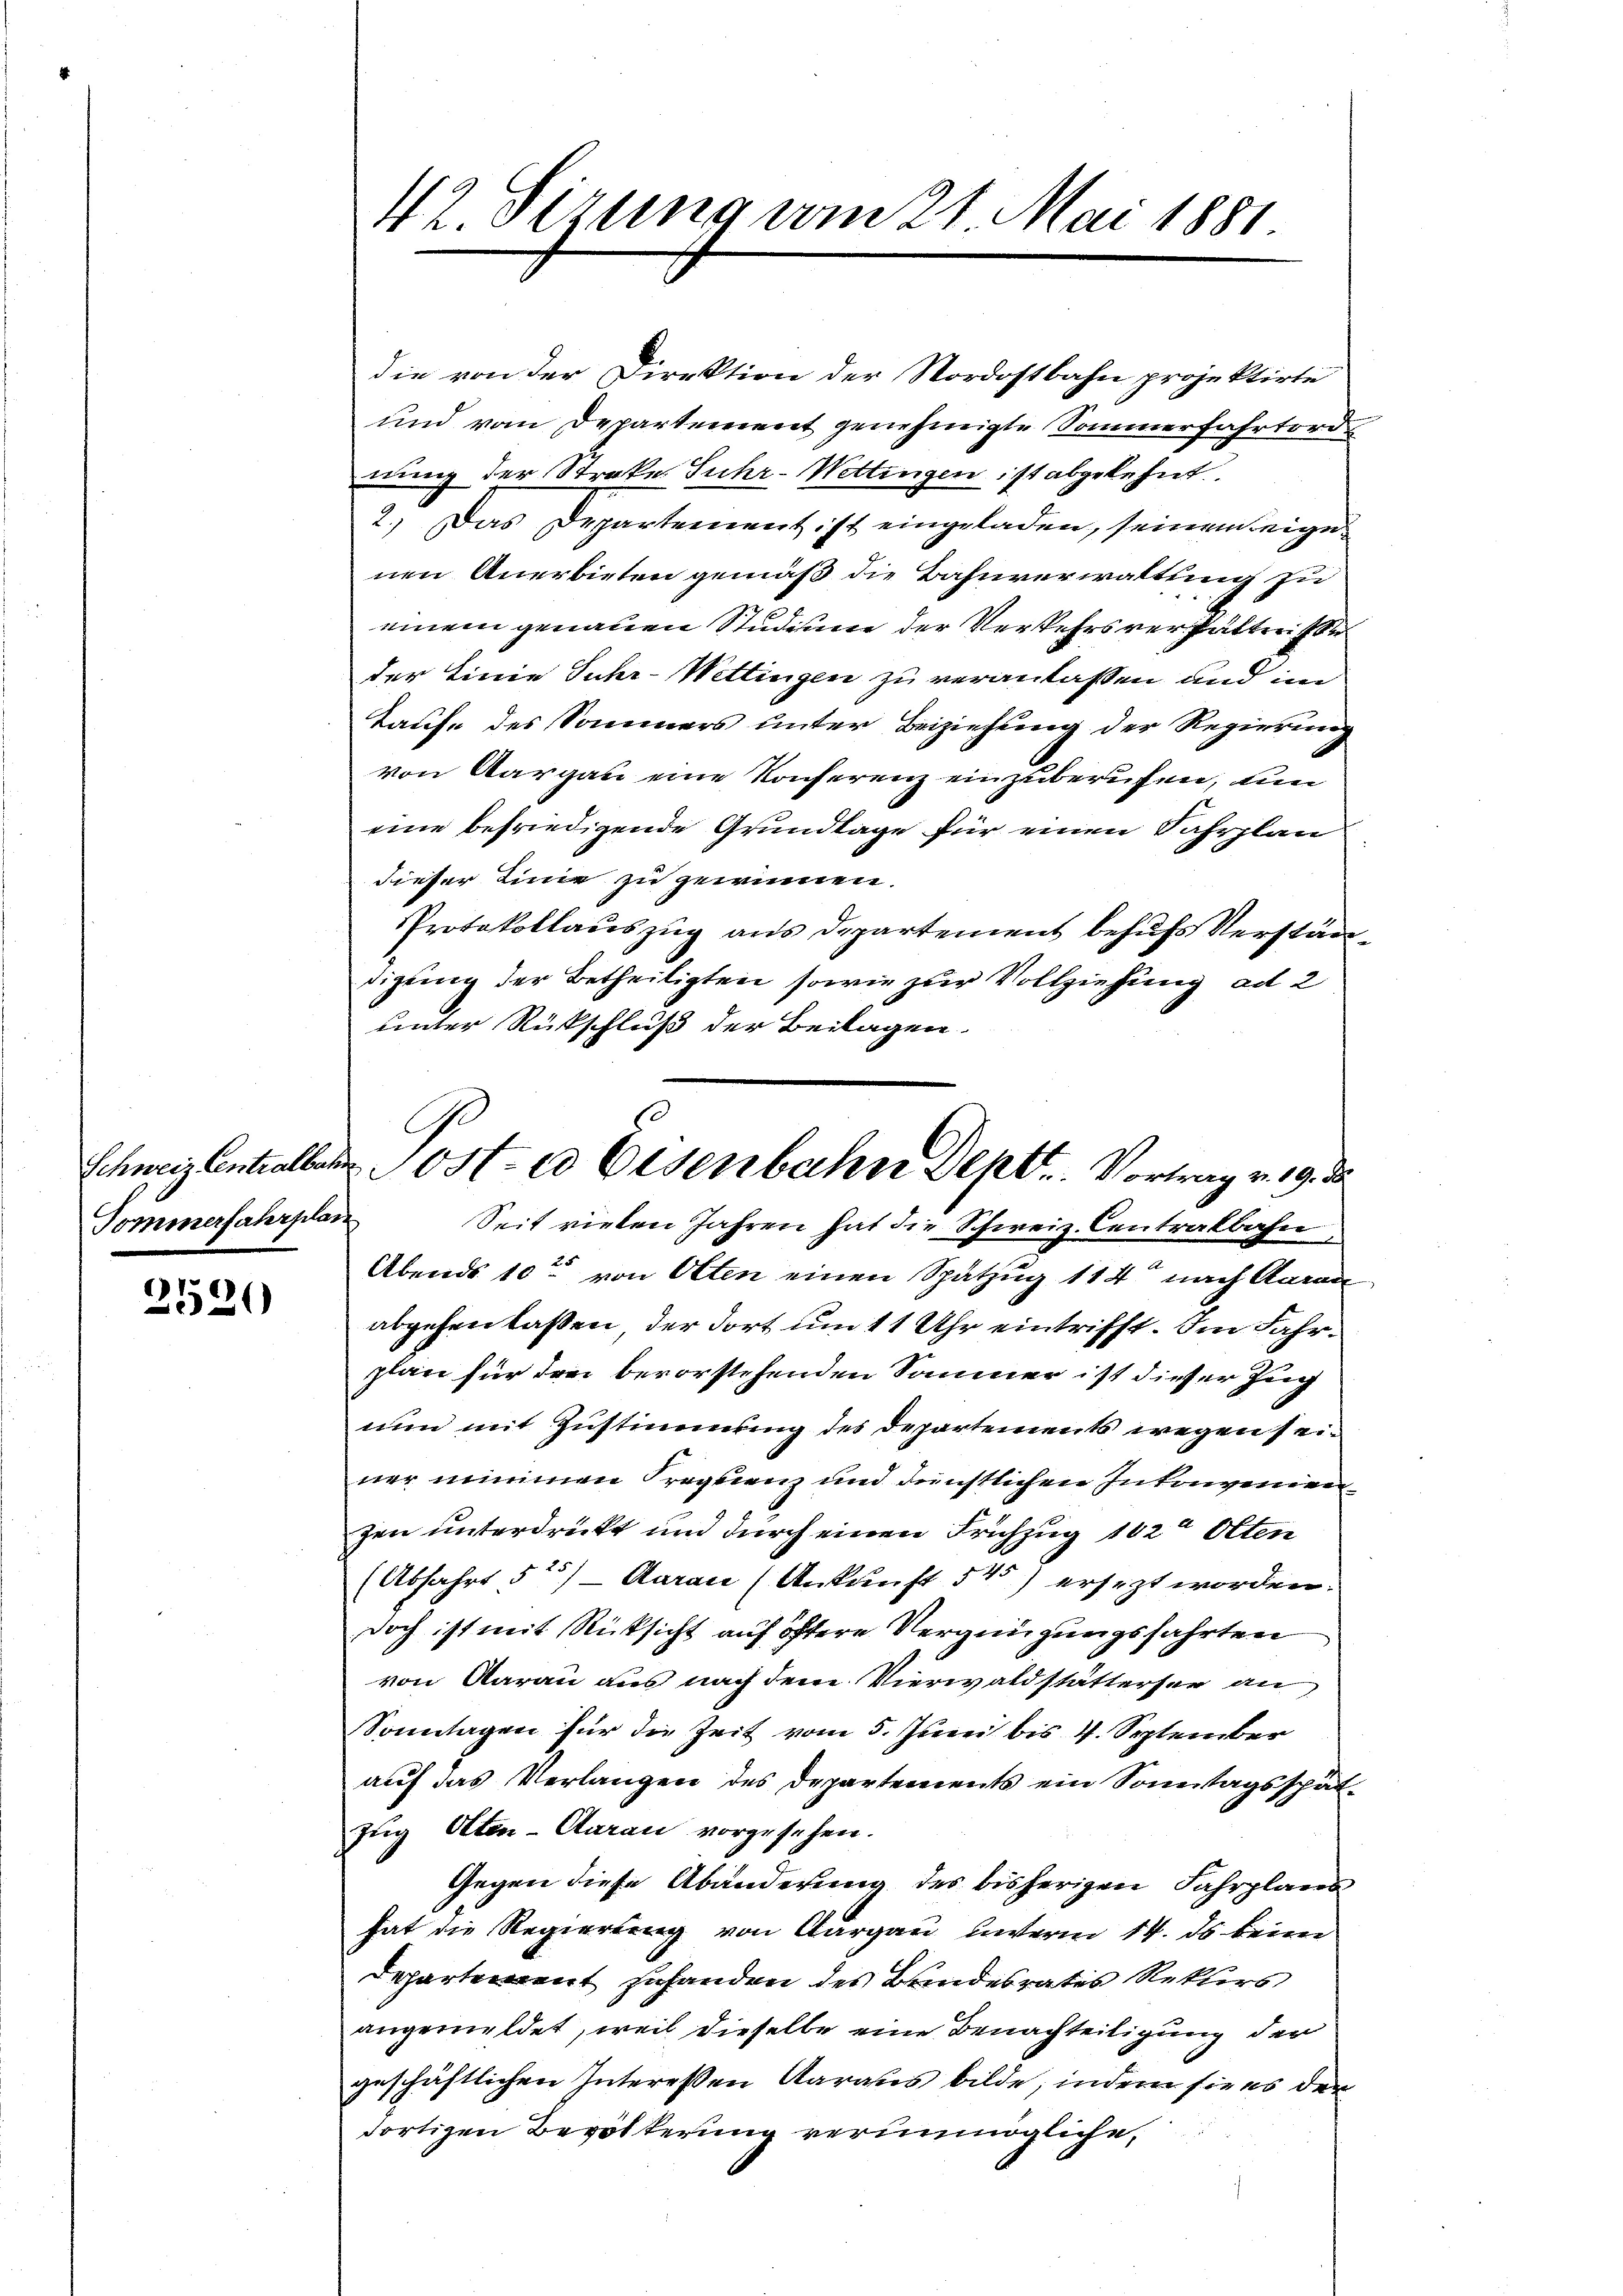
Pommerfahrplan

2520

die von der Direktion der Nordostbahn projektirte
und vom Departement genehmigte Sommerfahrtord
nung der Streke Fuhr-Wettingen ist abgelehnt.
2.) Das Departement ist eingeladen, seinem eigenen Anerbieten gemäß die Bahnverwaltung zu
einem genauen Studium der Verkehrsverhälterisse
der Linie Juhr- Wettingen zu veranlassen und im
Taufe des Sommers unter Beiziehung der Regierung
von Aargau eine Konferenz einzuberufen, um
eine befriedigende Grundlage für einen Fahrplan
dieser Linie zu gewinnen.
Protokollauszug aus Departement behufs Verständigung der Betheiligten sowie zur Vollziehung ad 2
unter Rückschluß der Beilagen.
Seit vielen Jahren hat die Schweiz. Centralbahn
Abends 10te von Olten einen Spatzug 114 nach Aarau
abgehen laßen, der dort um 11 Uhr eintrifft. Im Fahrplan für den bevorstehenden Sommer ist dieser Zug
nun mit Zustimmung des Departements wegen seiner minimen Frequenz und dünstlichen Internemen
zen unterdrückt und durch einen Frühzug 102 Olten
(Abfahrt 525) — Aarau (Ankunft 545) ersetzt worden.
doch ist mit Rücksicht auf öftere Vergnügungsfahrten
von Aarau aus nach dem Vierwaldstätterser an
Sonntagen für die Zeit vom 5. Juni bis 4. September
auf das Verlangen des Departements ein Sonntagsspät¬
Zug Aten-Aarau vorgesehen.
Gegen diese Abänderung des bisherigen Fahrplanes
hat die Regierung von Aargau unterm 14. ds beim
Departement gehanden des Bandesrates Rekurs
angemeldet, weil dieselbe eine Benachteiligung der
geschäftlichen Interessen Aaraus bilde, indem sie es der
dortigen Bevölkerung verunmögliche,

42. Sizung vom 21. Mai 1881.

Schweiz Centralber Post es Eisenbahn Sept. Vortrag v. 19. d